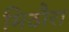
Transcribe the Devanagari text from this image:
मिठौरा